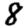
Digit: 8